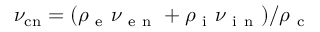
\nu _ { \mathrm { c n } } = ( \rho _ { \mathrm { ~ e ~ } } \nu _ { \mathrm { ~ e ~ n ~ } } + \rho _ { \mathrm { ~ i ~ } } \nu _ { \mathrm { ~ i ~ n ~ } } ) / \rho _ { \mathrm { ~ c ~ } }